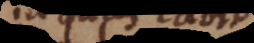
in quas cadit